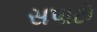
સપાટો